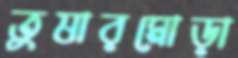
তুষারমোড়া